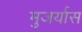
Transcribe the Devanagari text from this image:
मुजर्यास